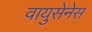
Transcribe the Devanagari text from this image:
वायुसेनेस